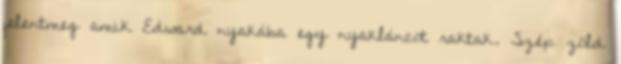
jelentmeg amik Edward nyakába egy nyakláncot raktak. Szép zöld